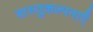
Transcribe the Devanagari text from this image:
वास्तुकल्पनाएँ